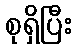
စုရှိပြီး